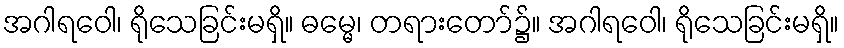
အဂါရဝေါ၊ ရိုသေခြင်းမရှိ။ ဓမ္မေ၊ တရားတော်၌။ အဂါရဝေါ၊ ရိုသေခြင်းမရှိ။